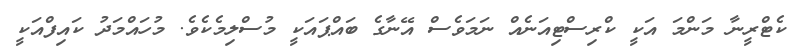
ކެޓްރީނާ މަންމަ އަކީ ކްރިސްޓިއަނެއް ނަމަވެސް އޭނާގެ ބައްޕައަކީ މުސްލިމެކެވެ. މުހައްމަދު ކައިފްއަކީ